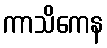
ကာသိကေန